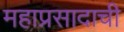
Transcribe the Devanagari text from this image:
महाप्रसादाची